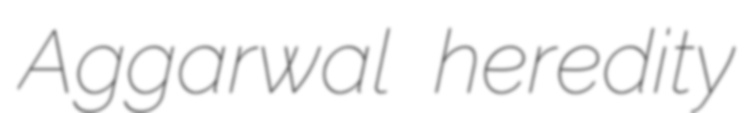
Aggarwal heredity